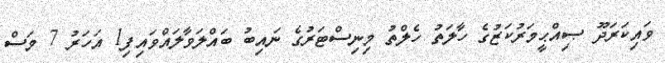
ވައިކަަރަދޫ ޞިއްޙީމަރުކަޒުގެ ހާލަތު ހެލްތު މިނިސްޓަރުގެ ނައިބު ބައްލަވާލައްވައިފި1 އަހަރު 7 މަސް